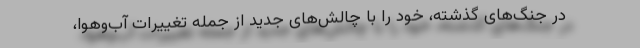
در جنگ‌های گذشته، خود را با چالش‌های جدید از جمله تغییرات آب‌وهوا،